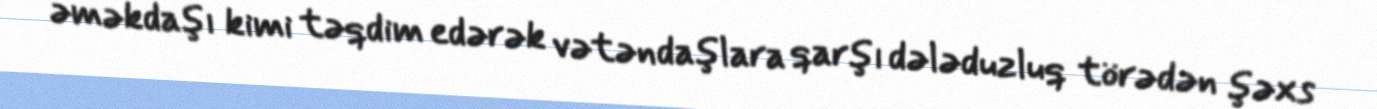
əməkdaşı kimi təqdim edərək vətəndaşlara qarşı dələduzluq törədən şəxs